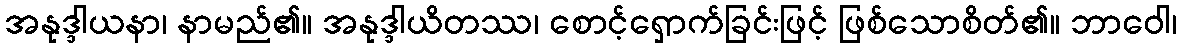
အနုဒ္ဒါယနာ၊ နာမည်၏။ အနုဒ္ဒါယိတဿ၊ စောင့်ရှောက်ခြင်းဖြင့် ဖြစ်သောစိတ်၏။ ဘာဝေါ၊